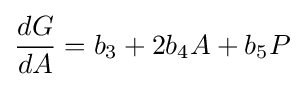
{dG \over dA}=b_{3}+2b_{4}A+b_{5}P